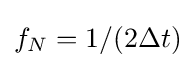
f_{N}=1/(2\Delta t)